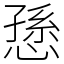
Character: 愻